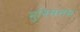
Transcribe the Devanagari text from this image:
मुनिसत्तम